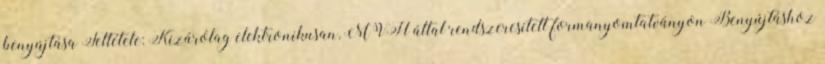
benyújtása Feltétele: Kizárólag elektronikusan, MVH által rendszeresített formanyomtatványon Benyújtáshoz